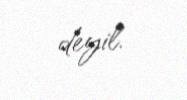
deyil.